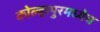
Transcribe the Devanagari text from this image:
कोल्हापुरमध्येच